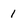
Character: 1